Report on sanitation, dispensaries, and jails in Rajputana for 1920, and on vaccination for the year 1920-1921 - 1920-1921
Year: 1920
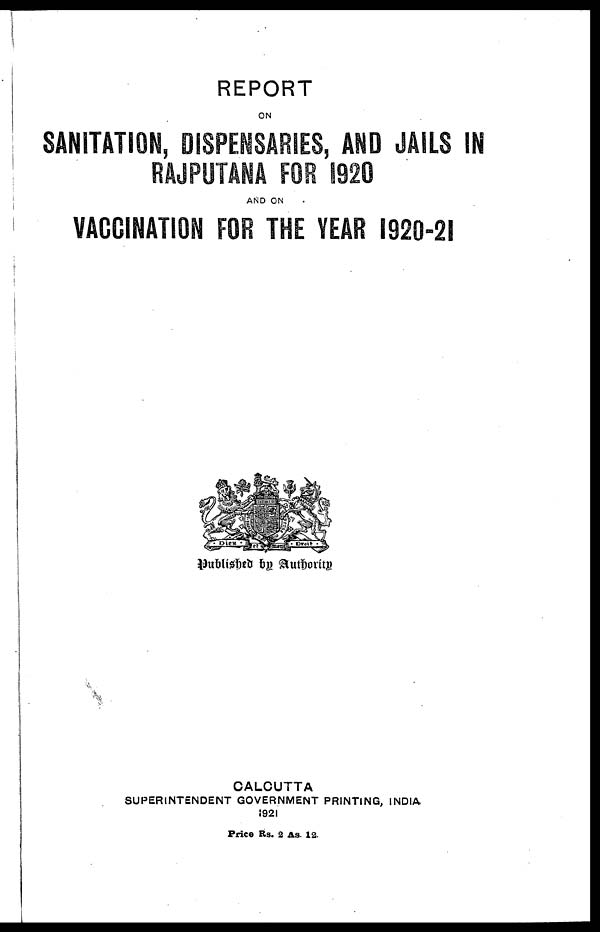
REPORT
ON
SANITATION, DISPENSARIES, AND JAILS IN
RAJPUTANA FOR 1920
AND ON
VACCINATION FOR THE YEAR 1920-21
Published by Authority
CALCUTTA
SUPERINTENDENT GOVERNMENT PRINTING, INDIA.
1921
Price Rs. 2 As. 12.